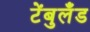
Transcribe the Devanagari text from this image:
टेंबुलँड